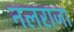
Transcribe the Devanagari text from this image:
नलराजा